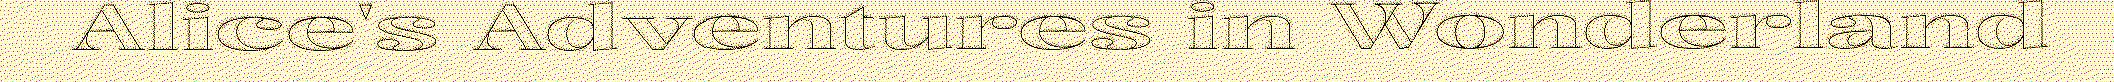
Alice's Adventures in Wonderland